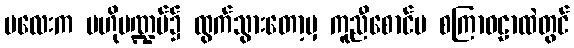
မလေးက ဗဟိုမဏ္ဍပ်၌ ထွက်သွားတော့မှ ကူညီစောင်မ စကြာဝဠာထဲတွင်